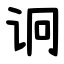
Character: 诇